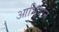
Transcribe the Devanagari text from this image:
आभियान